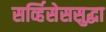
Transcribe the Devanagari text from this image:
सर्व्हिसेससुद्धा